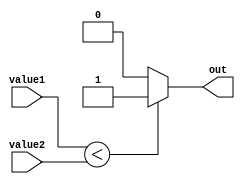
module less_than_comparator (
    input wire [31:0] value1,
    input wire [31:0] value2,
    output reg out
);

always @* begin
    if (value1 < value2) begin
        out = 1;
    end else begin
        out = 0;
    end
end

endmodule